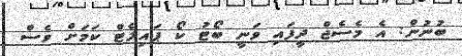
ބުނުން: އެ މެސެޖް ދީފައި ވަނީ ބޯޓު ކޯ ޕައިލެޓް ކަމަށް ވެސް